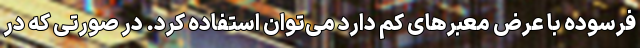
فرسوده با عرض معبرهای کم دارد می‌توان استفاده کرد. در صورتی که در